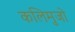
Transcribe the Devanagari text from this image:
कलिमुजो